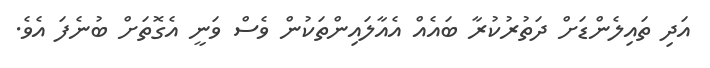
އަދި ތައިލެންޑަށް ދަތުރުކުރާ ބައެއް އެއާލައިންތަކުން ވެސް ވަނީ އެގޮތަށް ބުނެފަ އެވެ.